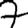
Digit: 7